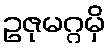
ဥဇုမဂ္ဂမှိ